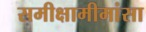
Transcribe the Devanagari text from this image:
समीक्षामीमांसा